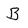
Character: B